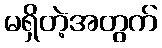
မရှိတဲ့အတွက်